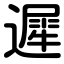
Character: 遲